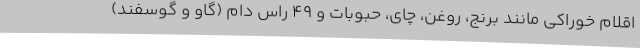
اقلام خوراکی مانند برنج، روغن، چای، حبوبات و 49 راس دام (گاو و گوسفند)